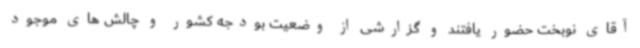
آقای نوبخت حضور یافتند و گزارشی از وضعیت بودجه کشور و چالش های موجود